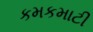
કમકમાટી